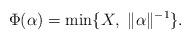
LaTeX: \begin{align*}\Phi(\alpha)=\min\{X,\ \|\alpha\|^{-1}\}.\end{align*}